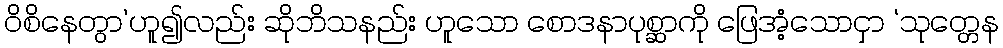
ဝိစိနေတွာ’ဟူ၍လည်း ဆိုဘိသနည်း ဟူသော စောဒနာပုစ္ဆာကို ဖြေအံ့သောငှာ ‘သုတ္တေန